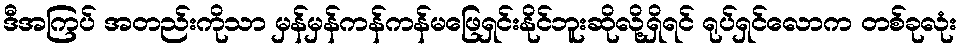
ဒီအကြပ် အတည်းကိုသာ မှန်မှန်ကန်ကန်မဖြေရှင်းနိုင်ဘူးဆိုလို့ရှိရင် ရုပ်ရှင်လောက တစ်ခုလုံး